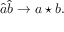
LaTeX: \hat { a } \hat { b } \rightarrow a \star b .